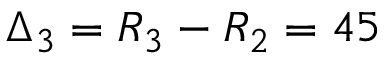
\Delta _ { 3 } = R _ { 3 } - R _ { 2 } = 4 5